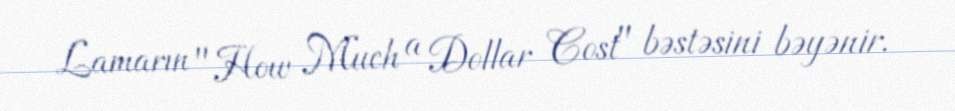
Lamarın "How Much a Dollar Cost" bəstəsini bəyənir.